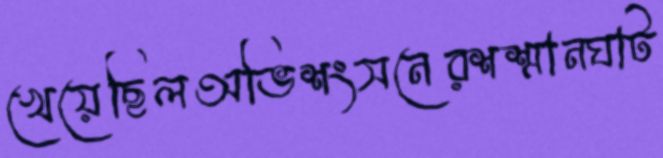
খেয়েছিলঅভিশংসনেরশশ্মানঘাট